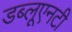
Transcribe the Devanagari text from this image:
डब्लूएनटी